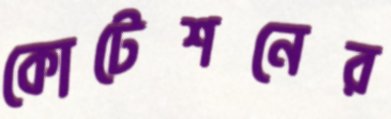
কোটেশনের